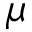
\mu